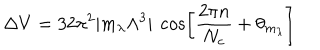
\Delta V = 3 2 \pi ^ { 2 } | m _ { \lambda } \Lambda ^ { 3 } | ~ \cos \left[ { \frac { 2 \pi n } { N _ { c } } } + \theta _ { m _ { \lambda } } \right]